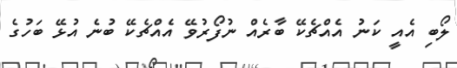
ލޯބި އެއީ ކަނު އެއްޗެކޭ ބާރެއް ނުފޯރުވޭ އެއްޗެކޭ ބުނެ އުޅޭ ބަހުގެ